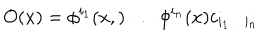
{ \cal O } ( x ) = \phi ^ { i _ { 1 } } ( x , ) \, \dots \, \phi ^ { i _ { n } } ( x ) c _ { i _ { 1 } \dots i _ { n } }